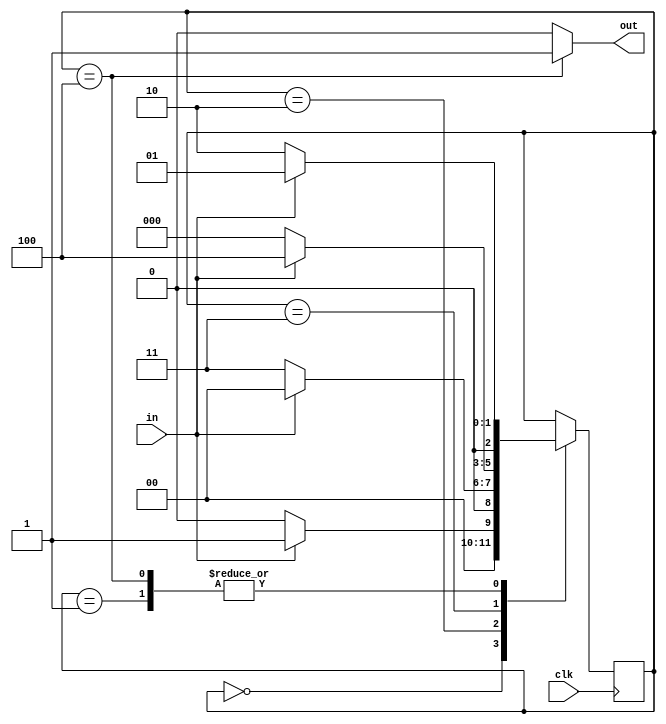
/* -------------------------------------------------------------------------- */
/*                 1001 sequence detector using moore machine                 */
/* -------------------------------------------------------------------------- */

module seq_1001_moore (
    in,clk,out
);
    
/* ---------------------------- port declaration ---------------------------- */
    input in,clk;
    output out;

/* ---------------------------- state assignment ---------------------------- */
    reg [2:0]state;
    parameter s0=3'b000,
              s1=3'b001,
              s2=3'b010,
              s3=3'b011,
              s4=3'b100;
    
/* ------------------------- state tarnsition logic ------------------------- */
    initial begin
        state=s0;
    end

    assign out= (state==s4) ? 1:0;

    always @(negedge clk ) begin
        case (state)
            s0 : begin
                if (in) state=s1;
                else state=s0;
            end
             s1 : begin
                if (!in) state=s2;
                else state=s1;
            end
             s2 : begin
                if (!in) state=s3;
                else state=s0;
            end
             s3 : begin
                if (in) state=s4;
                else state=s0;
            end
             s4 : begin
                if (in) state=s1;
                else state=s2;
            end
        endcase
    end
endmodule